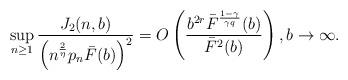
LaTeX: \begin{align*} \sup_{n \geq 1}\frac{J_2(n,b)}{\left(n^{\frac{2}{\eta}}p_n\bar{F}(b)\right)^2} = O \left( \frac{b^{2r}\bar{F}^{\frac{1-\gamma}{\gamma q}}(b)}{\bar{F}^2(b)}\right), b \rightarrow \infty. \end{align*}